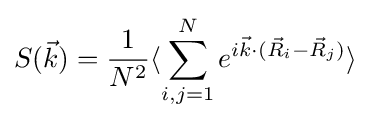
S({\vec {k}})={\frac {1}{N^{2}}}\langle \sum _{i,j=1}^{N}e^{i{\vec {k}}\cdot ({\vec {R}}_{i}-{\vec {R}}_{j})}\rangle